Leaving Certificate Examination, 1912
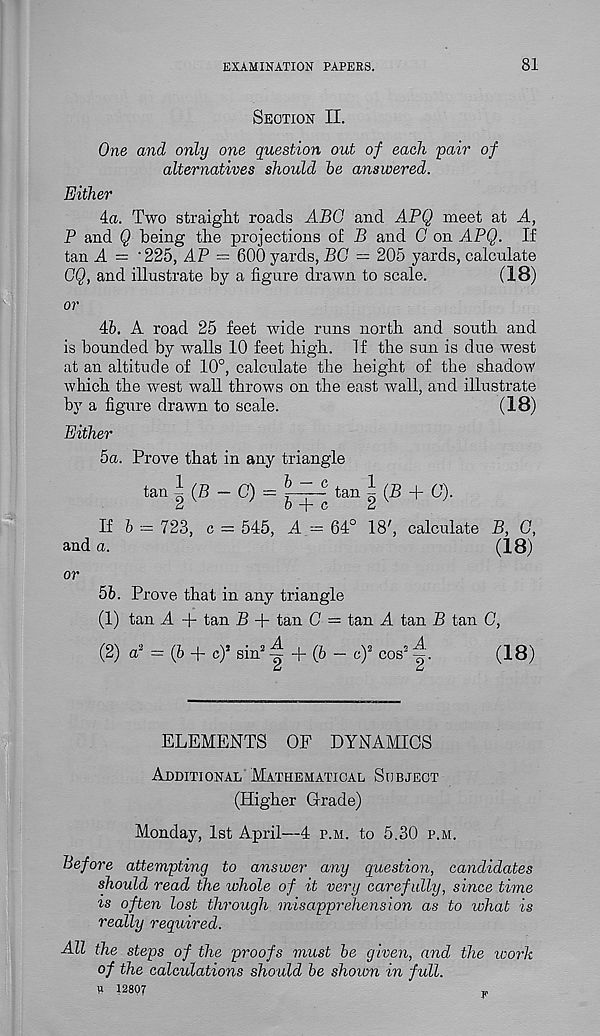
EXAMINATION PAPERS.
81
Section II.
One and only one question out of each pair of
alternatives should he answered.
Either
4a. Two straight roads ABO and APQ meet at A,
P and Q being the projections of B and C on APQ. If
tan A = ‘225, AP — 600 yards, BG — 205 yards, calculate
OQ, and illustrate by a figure drawn to scale.
(18)
or
46. A road 25 feet wide runs north and south and
is bounded by walls 10 feet high. If the sun is due west
at an altitude of 10°, calculate the height of the shadow
which the west wall throws on the east wall, and illustrate
by a figure drawn to scale.
(18)
Either
5a. Prove that in any triangle
tan 1 (B — C) =
tan ^ (B + C).
If b = 723, c = 545, A - 64° 18', calculate B, G,
and a.
(18)
or
56. Prove that in any triangle
(1) tan A + tan B + tan G — tan A tan B tan G,
(2) a 2 = (6 + c) 1 sin 2 ~ + (b - c) 2 cos 2 (18)
ELEMENTS OF DYNAMICS
Additional Mathematical Subject
(Higher Grade)
Monday, 1st April—4 p.m. to 5.30 p.m.
Before attempting to answer any question, candidates
should read the whole of it very carefully, since time
is often lost through misapprehension as to what is
really required.
All the steps of the proofs must be given, and the worh
of the calculations should be shown in full.
H 12807
j,